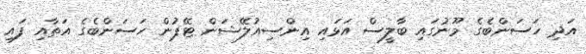
އަދި ހަސަންބެގެ މޫނުގައި ބާލީސް އަޅައި އިންސިއުލޭޝަން ޓޭޕުން ހަސަންބެގެ އަތާއި ފައި